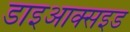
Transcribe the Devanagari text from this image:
डाइआक्सइड